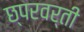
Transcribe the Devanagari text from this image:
छ्परवर्ती